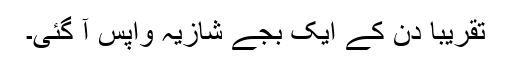
تقریباً دن کے ایک بجے شازیہ واپس آ گئی۔